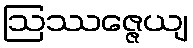
ဩဿဇ္ဇေယျ